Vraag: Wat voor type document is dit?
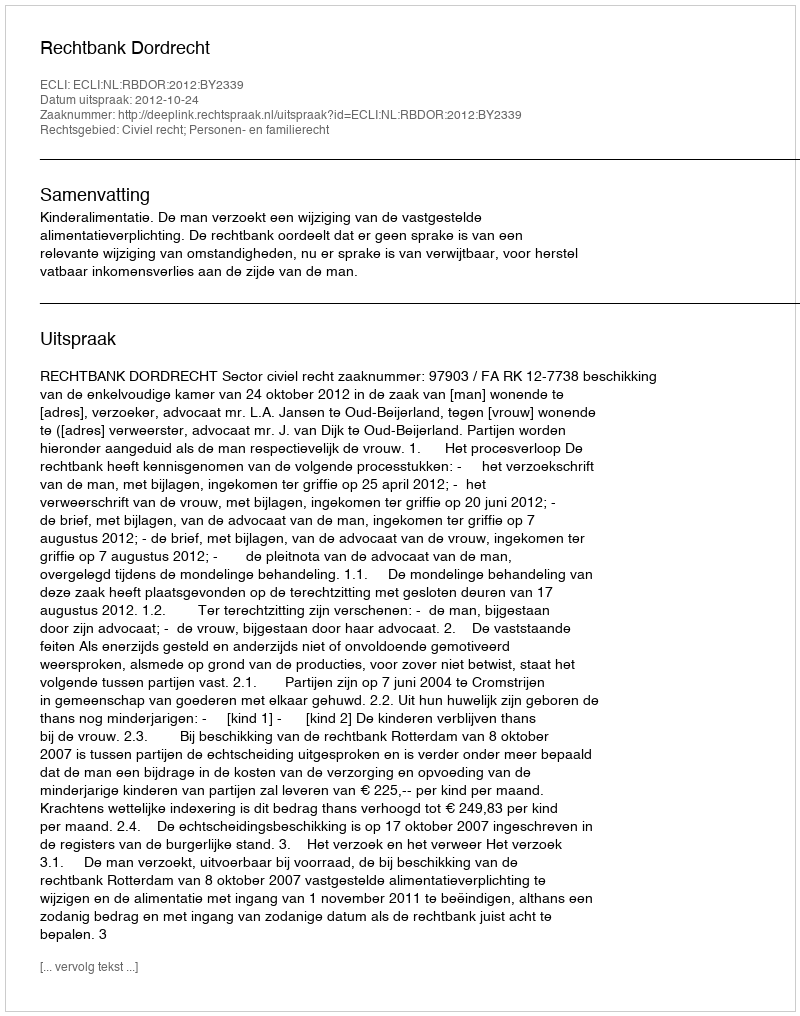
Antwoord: Uitspraak